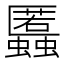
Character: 䘌